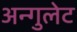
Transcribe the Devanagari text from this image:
अन्गुलेट